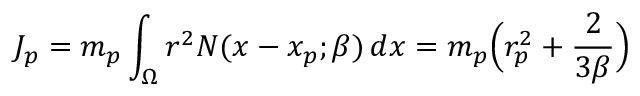
J _ { p } = m _ { p } \int _ { \Omega } r ^ { 2 } { N } ( x - x _ { p } ; \beta ) \, d x = m _ { p } \Big ( r _ { p } ^ { 2 } + \frac { 2 } { 3 \beta } \Big )